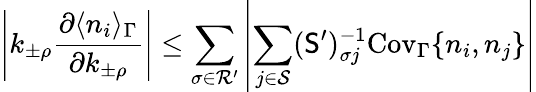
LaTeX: \left|k_{\pm\rho}\frac{\partial\langle n_{i}\rangle_{\Gamma}}{\partial k_{\pm\rho}}\right|\leq\sum_{\sigma\in\mathcal{R}^{\prime}}\left|\sum_{j\in\mathcal{S}}(\mathsf{S}^{\prime})_{\sigma j}^{-1}\mathrm{Cov}_{\Gamma}\{ n_{i},n_{j}\} \right|